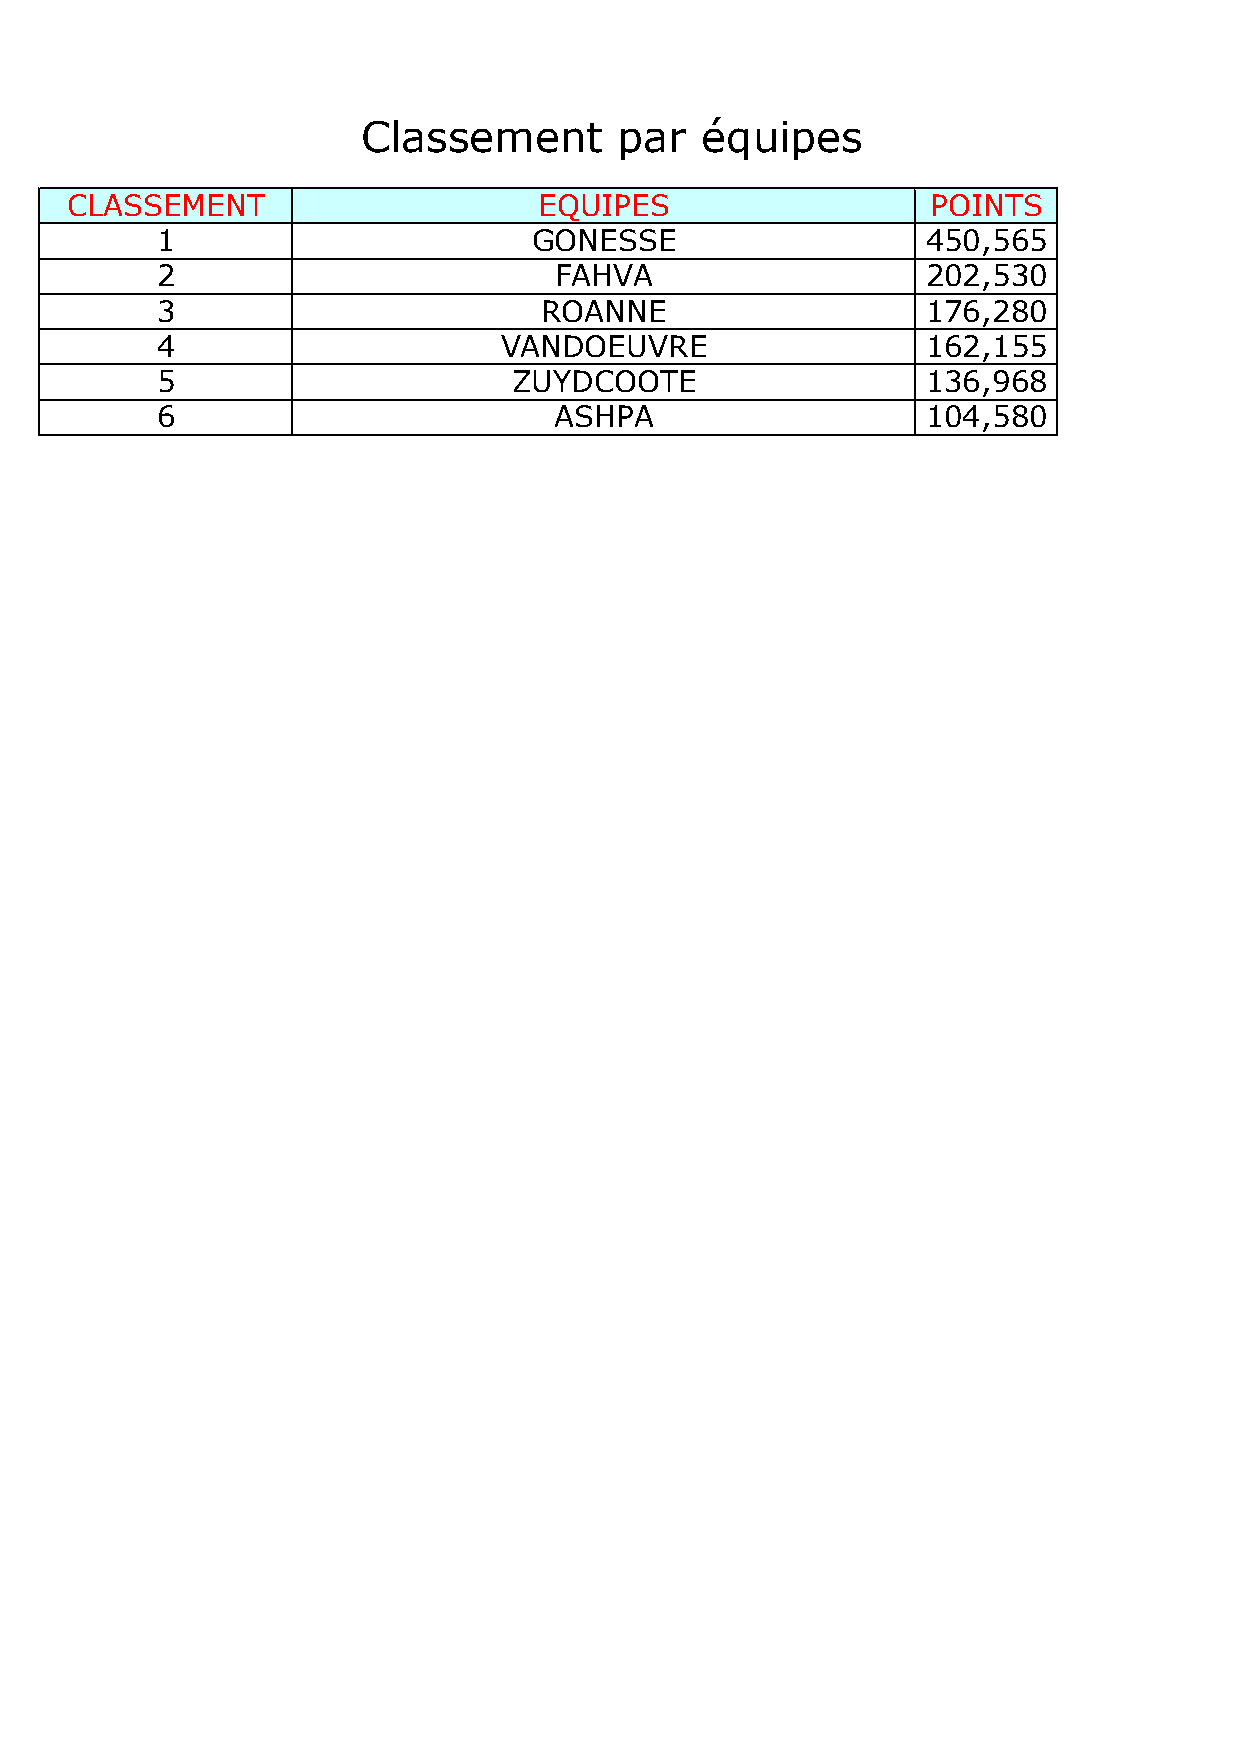
Classement       par  équipes
 CLASSEMENT                      EQUIPES                   POINTS
 1                        GONESSE                   450,565
 2                          FAHVA                   202,530
 3                         ROANNE                   176,280
 4                      VANDOEUVRE                  162,155
 5                       ZUYDCOOTE                  136,968
 6                          ASHPA                   104,580